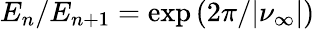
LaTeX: E_{n}/E_{n+1}=\exp{(2\pi/\vert\nu_{\infty}\vert)}